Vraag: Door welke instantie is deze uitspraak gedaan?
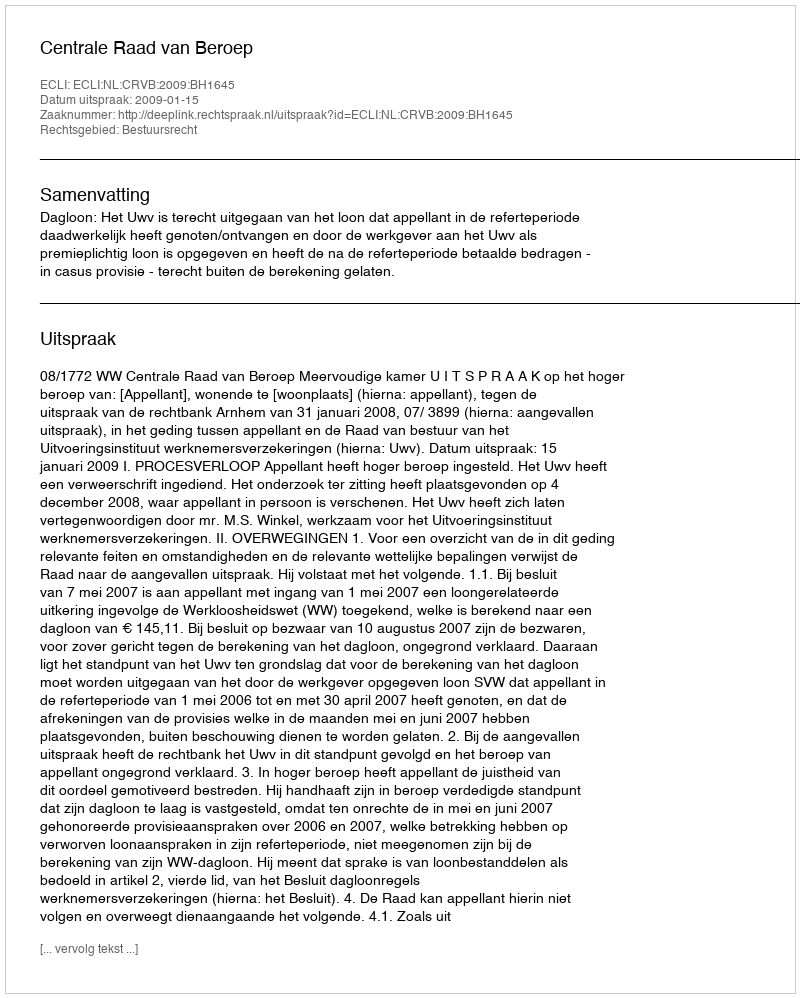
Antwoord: Centrale Raad van Beroep